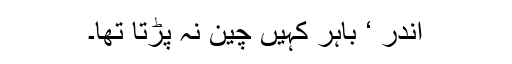
اندر ‘ باہر کہیں چین نہ پڑتا تھا۔